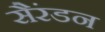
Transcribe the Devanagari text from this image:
सैरंडन